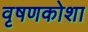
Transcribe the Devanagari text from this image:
वृषणकोशा